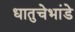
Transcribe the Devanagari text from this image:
धातुचेभांडे